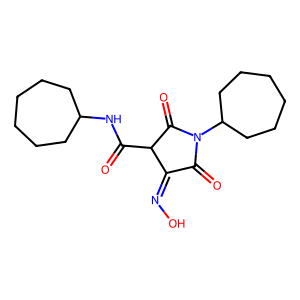
SMILES: O=C(NC1CCCCCC1)C1C(=O)N(C2CCCCCC2)C(=O)C1=NO
Inhibits HIV replication: No